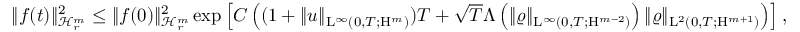
\begin{array} { r } { \Vert f ( t ) \Vert _ { \mathcal { H } _ { r } ^ { m } } ^ { 2 } \leq \Vert f ( 0 ) \Vert _ { \mathcal { H } _ { r } ^ { m } } ^ { 2 } \exp \left[ C \left( ( 1 + \Vert u \Vert _ { \mathrm { L } ^ { \infty } ( 0 , T ; \mathrm { H } ^ { m } ) } ) T + \sqrt { T } \Lambda \left( \Vert \varrho \Vert _ { \mathrm { L } ^ { \infty } ( 0 , T ; \mathrm { H } ^ { m - 2 } ) } \right) \Vert \varrho \Vert _ { \mathrm { L } ^ { 2 } ( 0 , T ; \mathrm { H } ^ { m + 1 } ) } \right) \right] , } \end{array}